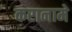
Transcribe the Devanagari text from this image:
करानामे